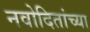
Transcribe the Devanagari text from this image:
नवोदितांच्या